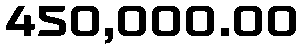
450,000.00